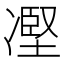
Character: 𠗻